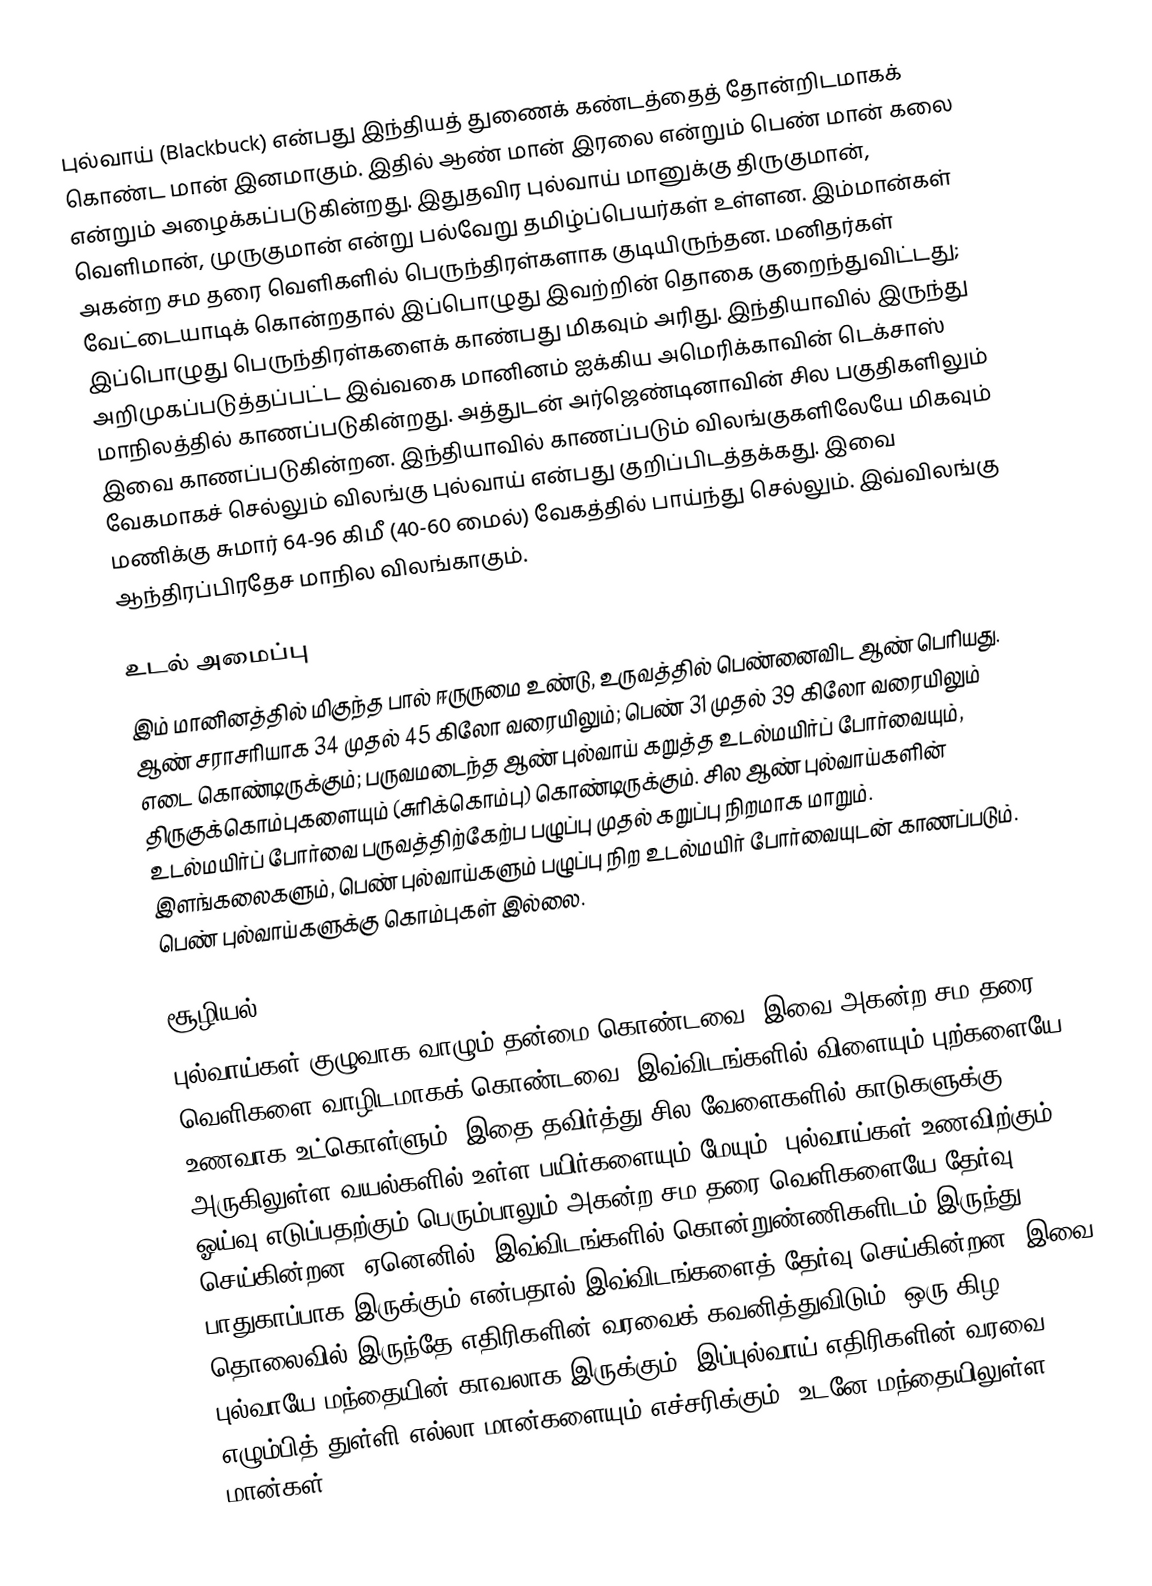
புல்வாய் (Blackbuck) என்பது இந்தியத் துணைக் கண்டத்தைத் தோன்றிடமாகக் கொண்ட மான் இனமாகும். இதில் ஆண் மான் இரலை என்றும் பெண் மான் கலை என்றும் அழைக்கப்படுகின்றது. இதுதவிர புல்வாய் மானுக்கு திருகுமான், வெளிமான், முருகுமான் என்று பல்வேறு தமிழ்ப்பெயர்கள் உள்ளன. இம்மான்கள் அகன்ற சம தரை வெளிகளில் பெருந்திரள்களாக குடியிருந்தன. மனிதர்கள் வேட்டையாடிக் கொன்றதால் இப்பொழுது இவற்றின் தொகை குறைந்துவிட்டது; இப்பொழுது பெருந்திரள்களைக் காண்பது மிகவும் அரிது. இந்தியாவில் இருந்து அறிமுகப்படுத்தப்பட்ட இவ்வகை மானினம் ஐக்கிய அமெரிக்காவின் டெக்சாஸ் மாநிலத்தில் காணப்படுகின்றது. அத்துடன் அர்ஜெண்டினாவின் சில பகுதிகளிலும் இவை காணப்படுகின்றன. இந்தியாவில் காணப்படும் விலங்குகளிலேயே மிகவும் வேகமாகச் செல்லும் விலங்கு புல்வாய் என்பது குறிப்பிடத்தக்கது. இவை மணிக்கு சுமார் 64-96 கிமீ (40-60 மைல்) வேகத்தில் பாய்ந்து செல்லும். இவ்விலங்கு ஆந்திரப்பிரதேச மாநில விலங்காகும்.

உடல் அமைப்பு
இம் மானினத்தில் மிகுந்த பால் ஈருருமை உண்டு,  உருவத்தில் பெண்னைவிட ஆண்  பெரியது. ஆண் சராசரியாக 34 முதல் 45 கிலோ வரையிலும்; பெண் 31 முதல் 39 கிலோ வரையிலும் எடை கொண்டிருக்கும்; பருவமடைந்த ஆண் புல்வாய் கறுத்த உடல்மயிர்ப் போர்வையும், திருகுக்கொம்புகளையும் (சுரிக்கொம்பு) கொண்டிருக்கும். சில ஆண் புல்வாய்களின் உடல்மயிர்ப் போர்வை பருவத்திற்கேற்ப பழுப்பு முதல் கறுப்பு நிறமாக மாறும். இளங்கலைகளும், பெண் புல்வாய்களும் பழுப்பு நிற உடல்மயிர் போர்வையுடன் காணப்படும். பெண் புல்வாய்களுக்கு கொம்புகள் இல்லை.

சூழியல்
புல்வாய்கள் குழுவாக வாழும் தன்மை கொண்டவை. இவை அகன்ற சம தரை வெளிகளை வாழிடமாகக் கொண்டவை. இவ்விடங்களில் விளையும் புற்களையே உணவாக உட்கொள்ளும். இதை தவிர்த்து சில வேளைகளில் காடுகளுக்கு அருகிலுள்ள வயல்களில் உள்ள பயிர்களையும் மேயும். புல்வாய்கள் உணவிற்கும் ஓய்வு எடுப்பதற்கும் பெரும்பாலும் அகன்ற சம தரை வெளிகளையே தேர்வு செய்கின்றன; ஏனெனில், இவ்விடங்களில் கொன்றுண்ணிகளிடம் இருந்து பாதுகாப்பாக இருக்கும் என்பதால் இவ்விடங்களைத் தேர்வு செய்கின்றன. இவை தொலைவில் இருந்தே எதிரிகளின் வரவைக் கவனித்துவிடும். ஒரு கிழ புல்வாயே மந்தையின் காவலாக இருக்கும். இப்புல்வாய் எதிரிகளின் வரவை எழும்பித் துள்ளி எல்லா மான்களையும் எச்சரிக்கும்; உடனே மந்தையிலுள்ள மான்கள்